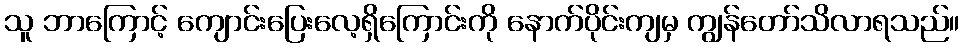
သူ ဘာကြောင့် ကျောင်းပြေးလေ့ရှိကြောင်းကို နောက်ပိုင်းကျမှ ကျွန်တော်သိလာရသည်။